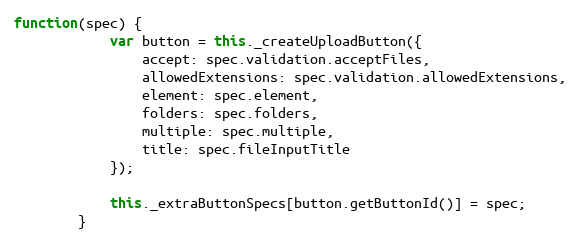
Language: JavaScript
function(spec) {
            var button = this._createUploadButton({
                accept: spec.validation.acceptFiles,
                allowedExtensions: spec.validation.allowedExtensions,
                element: spec.element,
                folders: spec.folders,
                multiple: spec.multiple,
                title: spec.fileInputTitle
            });

            this._extraButtonSpecs[button.getButtonId()] = spec;
        }